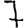
Digit: 7